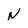
Character: N